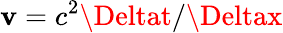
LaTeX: \mathbf{v}=c^{2}\Deltat/\Deltax